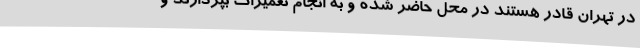
در تهران قادر هستند در محل حاضر شده و به انجام تعمیرات بپردازند و